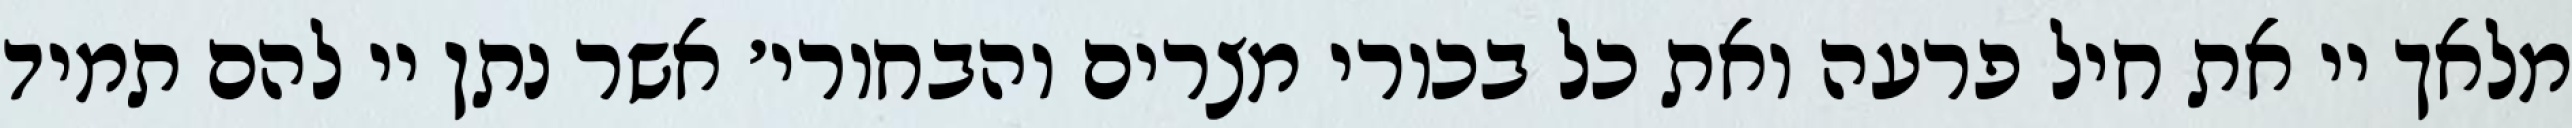
מלאך יי את חיל פרעה ואת כל בכורי מצרים והבחורי׳ אשר נתן יי להם תמיד